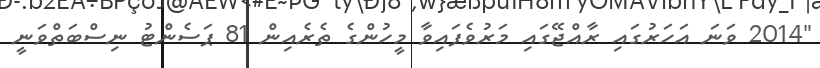
"2014 ވަނަ އަހަރުގައި ރާއްޖޭގައި މަރުވެފައިވާ މީހުންގެ ތެރެއިން 81 ޕަސެންޓު ނިސްބަތްވަނީ